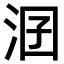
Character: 𣳲